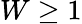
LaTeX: W\geq 1